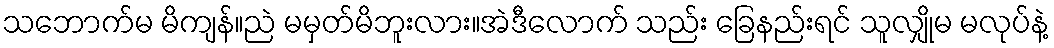
သဘောက်မ မိကျန်။ညဲ မမှတ်မိဘူးလား။အဲဒီလောက် သည်း ခြေနည်းရင် သူလျှိုမ မလုပ်နဲ့